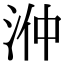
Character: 㳞